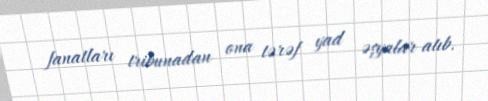
fanatları tribunadan ona tərəf yad əşyalar atıb.